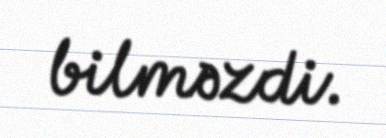
bilməzdi.